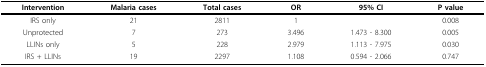
<table><thead><tr><td><b>Intervention</b></td><td><b>Malaria cases</b></td><td><b>Total cases</b></td><td><b>OR</b></td><td><b>95% CI</b></td><td><b>P value</b></td></tr></thead><tbody><tr><td>IRS only</td><td>21</td><td>2811</td><td>1</td><td></td><td>0.008</td></tr><tr><td>Unprotected</td><td>7</td><td>273</td><td>3.496</td><td>1.473 - 8.300</td><td>0.005</td></tr><tr><td>LLINs only</td><td>5</td><td>228</td><td>2.979</td><td>1.113 - 7.975</td><td>0.030</td></tr><tr><td>IRS + LLINs</td><td>19</td><td>2297</td><td>1.108</td><td>0.594 - 2.066</td><td>0.747</td></tr></tbody></table>